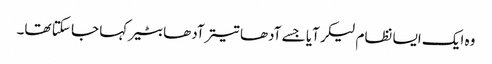
وہ ایک ایسا نظام لیکر آیا جسے آدھا تیتر آدھا بٹیر کہا جا سکتا تھا۔